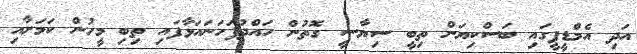
އަދި އެމްޑީޕީގައި ބަސްކިޔަން ތިބީ ސިޔާސީ ގޮތުން ހައްދުފަހަނައަޅާފައި ތިބި މީހުން ކަމަށާއި